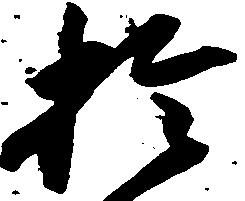
於